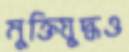
মুক্তিযুদ্ধও